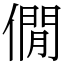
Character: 僩